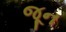
જૂન